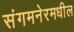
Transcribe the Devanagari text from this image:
संगमनेरमधील